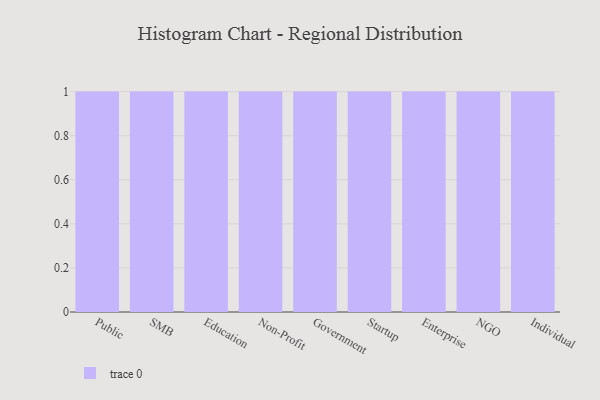
{"axis": {"x": "Segment", "y": "Revenue (USD Million)"}, "legend": [""], "data": [{"x": "Public", "y": 46, "type": ""}, {"x": "SMB", "y": 24, "type": ""}, {"x": "Education", "y": 26, "type": ""}, {"x": "Non-Profit", "y": 24, "type": ""}, {"x": "Government", "y": 50, "type": ""}, {"x": "Startup", "y": 36, "type": ""}, {"x": "Enterprise", "y": 57, "type": ""}, {"x": "NGO", "y": 41, "type": ""}, {"x": "Individual", "y": 28, "type": ""}]}